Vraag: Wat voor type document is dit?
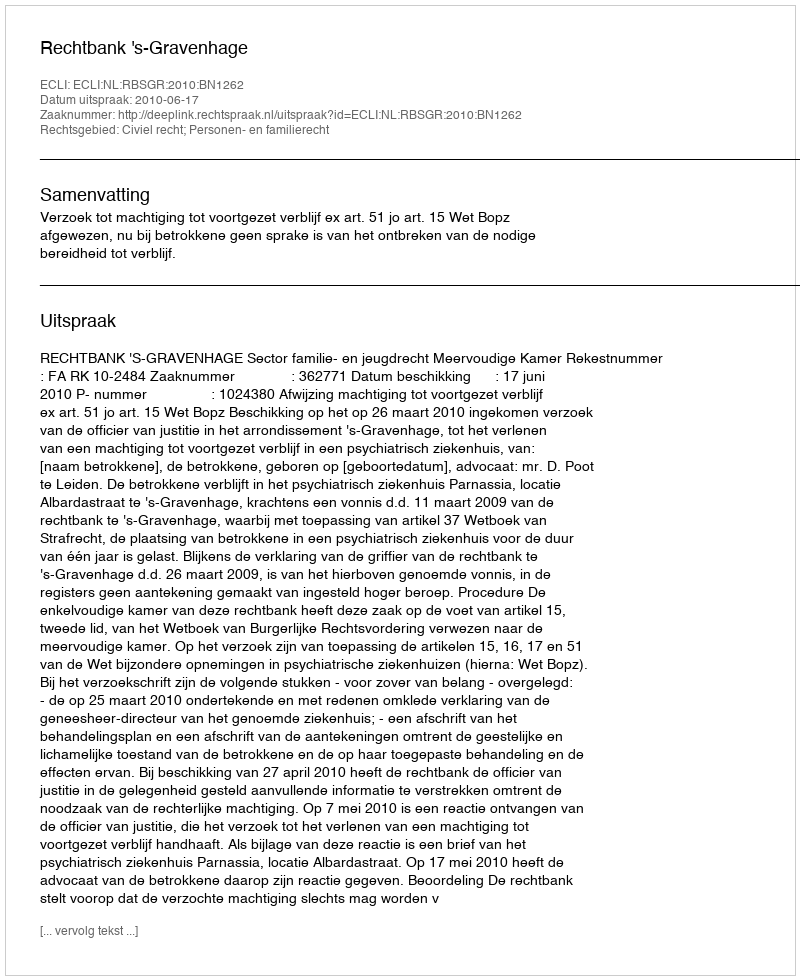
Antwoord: Uitspraak